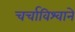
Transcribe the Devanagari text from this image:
चर्चाविश्वाने